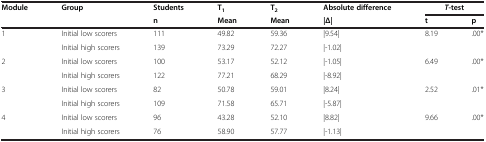
| Module | Group | Students | T1 | T2 | Absolute difference | <COLSPAN=2> T-test |
 |  |  | n | Mean | Mean | |Δ| | t | p |
 | --- | --- | --- | --- | --- | --- | --- | --- |
 | 1 | Initial low scorers | 111 | 49.82 | 59.36 | |9.54| | <ROWSPAN=2> 8.19 | <ROWSPAN=2> .00* |
 |  | Initial high scorers | 139 | 73.29 | 72.27 | |-1.02| |
 | 2 | Initial low scorers | 100 | 53.17 | 52.12 | |-1.05| | <ROWSPAN=2> 6.49 | <ROWSPAN=2> .00* |
 |  | Initial high scorers | 122 | 77.21 | 68.29 | |-8.92| |
 | 3 | Initial low scorers | 82 | 50.78 | 59.01 | |8.24| | <ROWSPAN=2> 2.52 | <ROWSPAN=2> .01* |
 |  | Initial high scorers | 109 | 71.58 | 65.71 | |-5.87| |
 | 4 | Initial low scorers | 96 | 43.28 | 52.10 | |8.82| | 9.66 | .00* |
 |  | Initial high scorers | 76 | 58.90 | 57.77 | |-1.13| |  |  |